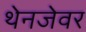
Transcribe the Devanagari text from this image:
थेनजेवर